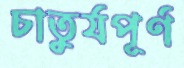
চাতুর্যপূর্ণ